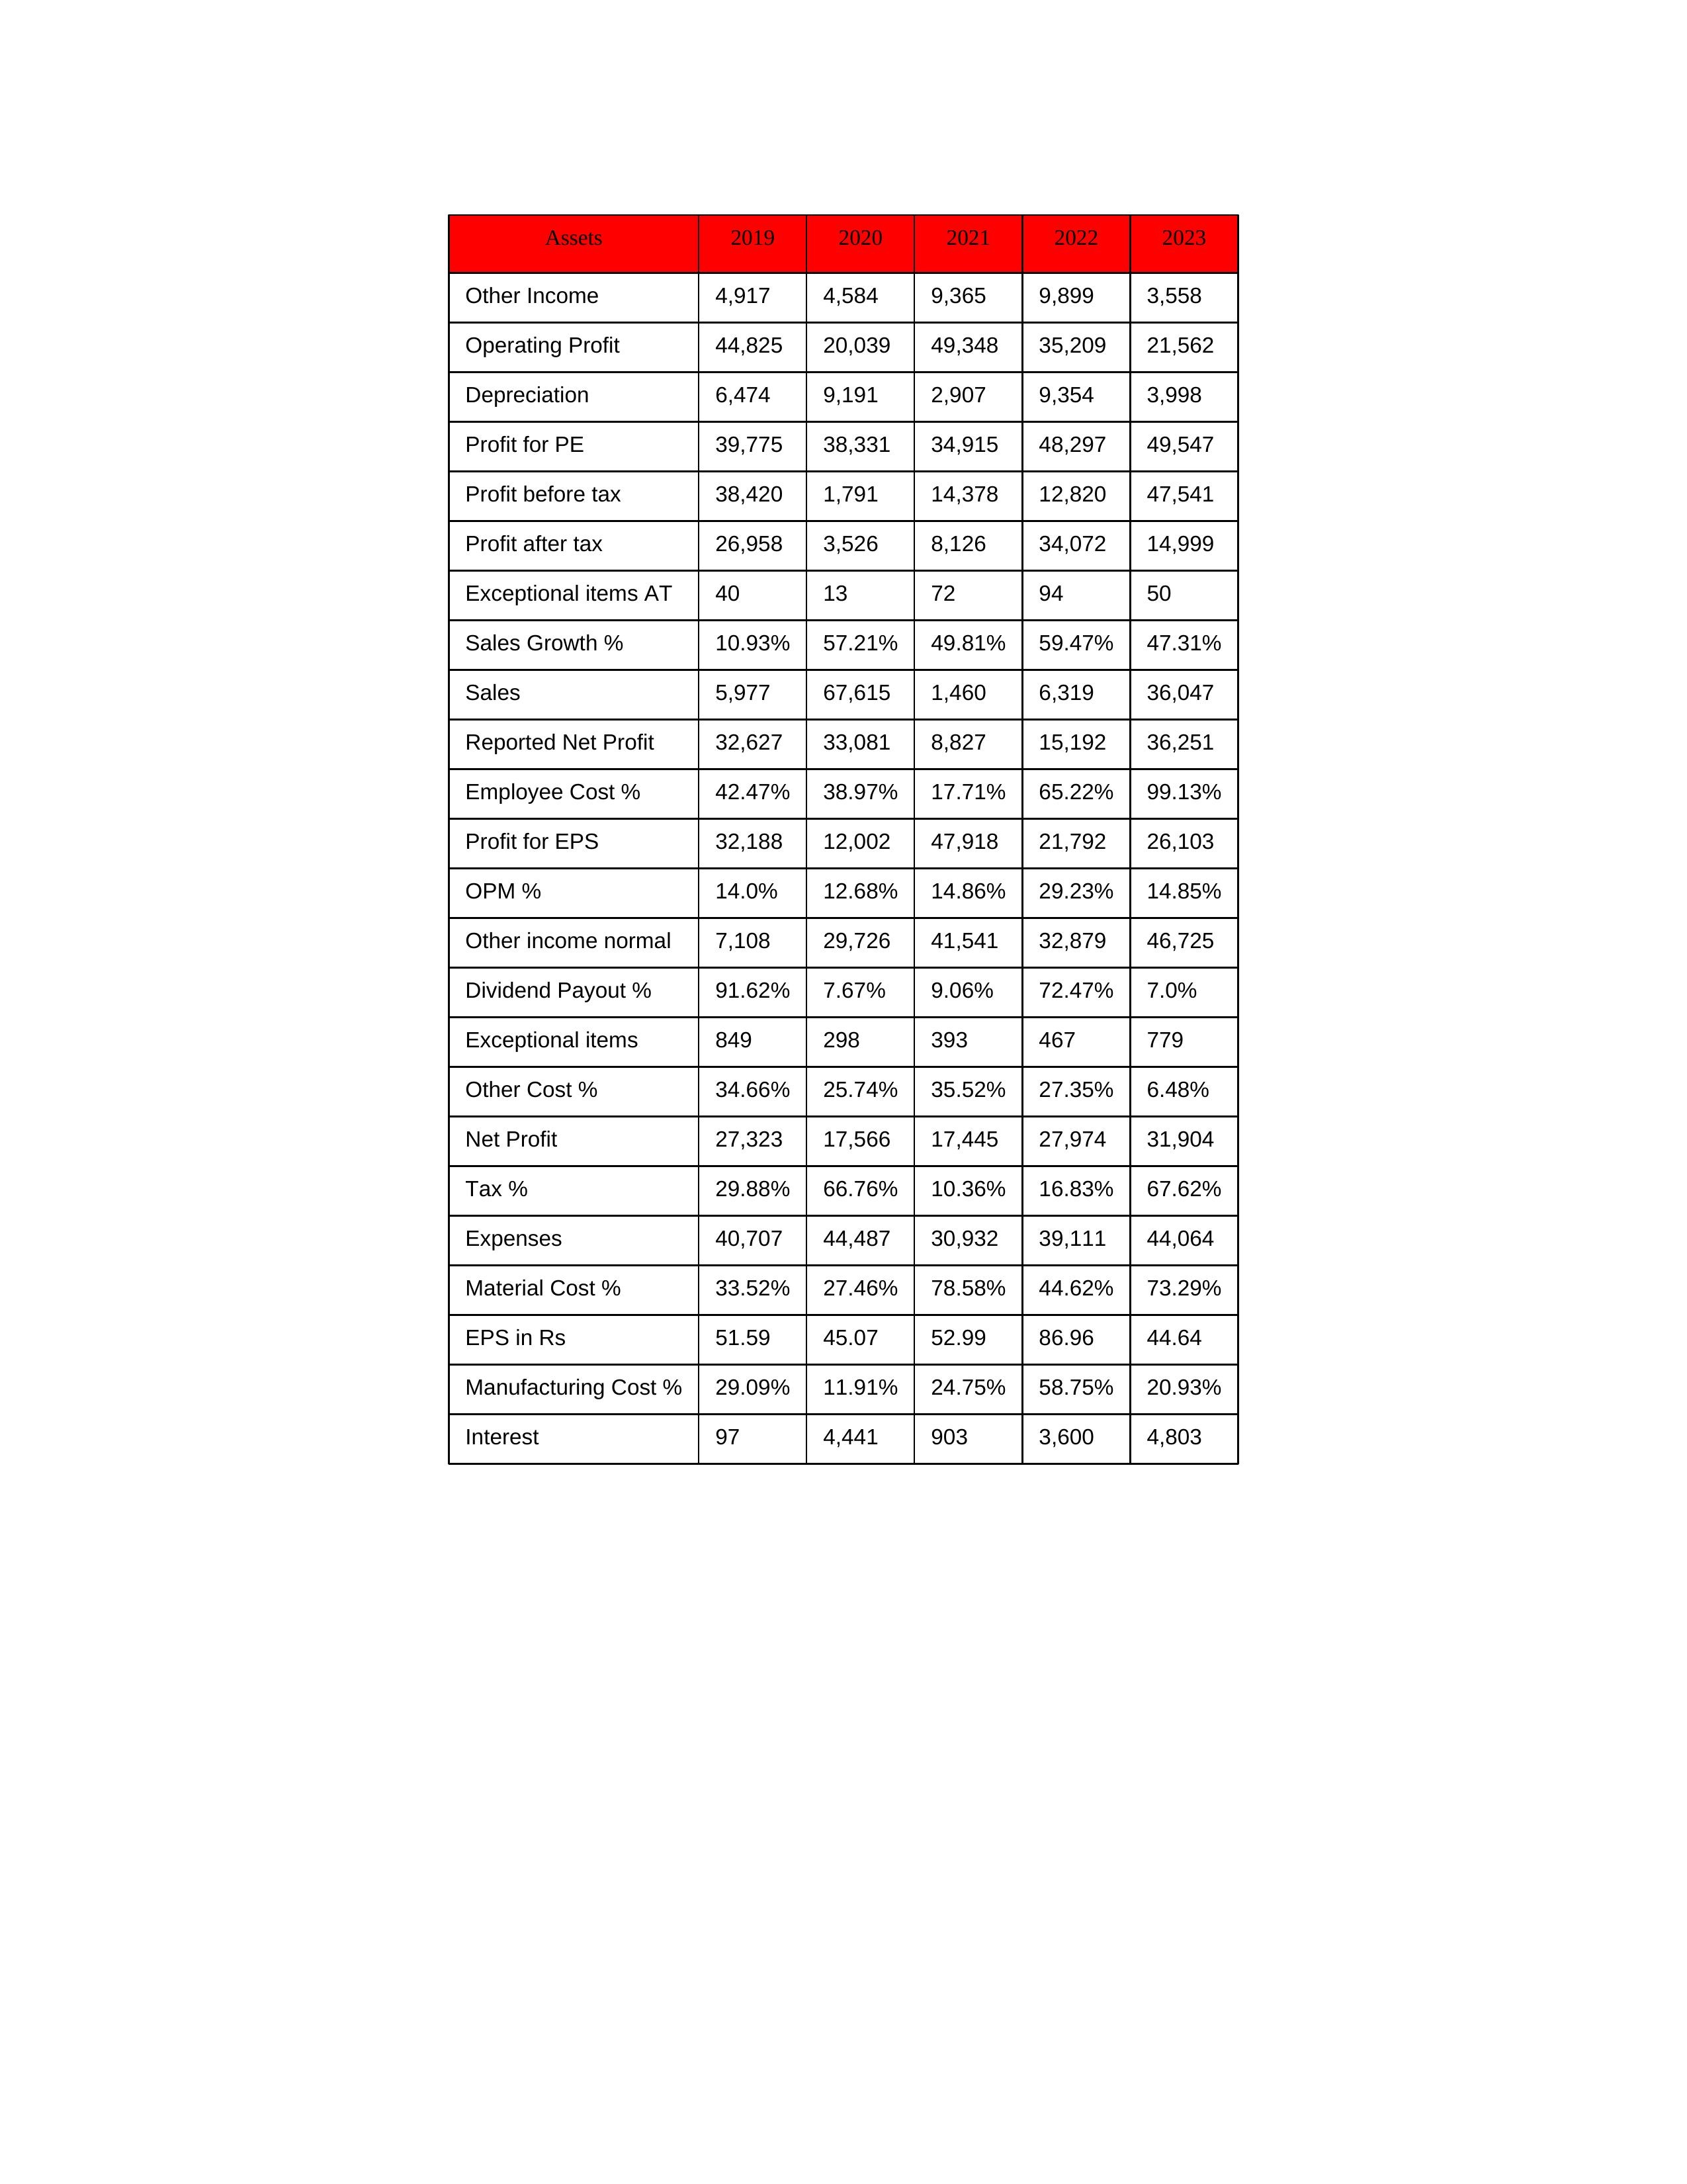
gt_parse: 2019: Sales: 5,977
Sales Growth %: 10.93%
Expenses: 40,707
Material Cost %: 33.52%
Manufacturing Cost %: 29.09%
Employee Cost %: 42.47%
Other Cost %: 34.66%
Operating Profit: 44,825
OPM %: 14.0%
Other Income: 4,917
Exceptional items: 849
Other income normal: 7,108
Interest: 97
Depreciation: 6,474
Profit before tax: 38,420
Tax %: 29.88%
Net Profit: 27,323
Profit after tax: 26,958
Reported Net Profit: 32,627
Profit for EPS: 32,188
Exceptional items AT: 40
Profit for PE: 39,775
EPS in Rs: 51.59
Dividend Payout %: 91.62%
2020: Sales: 67,615
Sales Growth %: 57.21%
Expenses: 44,487
Material Cost %: 27.46%
Manufacturing Cost %: 11.91%
Employee Cost %: 38.97%
Other Cost %: 25.74%
Operating Profit: 20,039
OPM %: 12.68%
Other Income: 4,584
Exceptional items: 298
Other income normal: 29,726
Interest: 4,441
Depreciation: 9,191
Profit before tax: 1,791
Tax %: 66.76%
Net Profit: 17,566
Profit after tax: 3,526
Reported Net Profit: 33,081
Profit for EPS: 12,002
Exceptional items AT: 13
Profit for PE: 38,331
EPS in Rs: 45.07
Dividend Payout %: 7.67%
2021: Sales: 1,460
Sales Growth %: 49.81%
Expenses: 30,932
Material Cost %: 78.58%
Manufacturing Cost %: 24.75%
Employee Cost %: 17.71%
Other Cost %: 35.52%
Operating Profit: 49,348
OPM %: 14.86%
Other Income: 9,365
Exceptional items: 393
Other income normal: 41,541
Interest: 903
Depreciation: 2,907
Profit before tax: 14,378
Tax %: 10.36%
Net Profit: 17,445
Profit after tax: 8,126
Reported Net Profit: 8,827
Profit for EPS: 47,918
Exceptional items AT: 72
Profit for PE: 34,915
EPS in Rs: 52.99
Dividend Payout %: 9.06%
2022: Sales: 6,319
Sales Growth %: 59.47%
Expenses: 39,111
Material Cost %: 44.62%
Manufacturing Cost %: 58.75%
Employee Cost %: 65.22%
Other Cost %: 27.35%
Operating Profit: 35,209
OPM %: 29.23%
Other Income: 9,899
Exceptional items: 467
Other income normal: 32,879
Interest: 3,600
Depreciation: 9,354
Profit before tax: 12,820
Tax %: 16.83%
Net Profit: 27,974
Profit after tax: 34,072
Reported Net Profit: 15,192
Profit for EPS: 21,792
Exceptional items AT: 94
Profit for PE: 48,297
EPS in Rs: 86.96
Dividend Payout %: 72.47%
2023: Sales: 36,047
Sales Growth %: 47.31%
Expenses: 44,064
Material Cost %: 73.29%
Manufacturing Cost %: 20.93%
Employee Cost %: 99.13%
Other Cost %: 6.48%
Operating Profit: 21,562
OPM %: 14.85%
Other Income: 3,558
Exceptional items: 779
Other income normal: 46,725
Interest: 4,803
Depreciation: 3,998
Profit before tax: 47,541
Tax %: 67.62%
Net Profit: 31,904
Profit after tax: 14,999
Reported Net Profit: 36,251
Profit for EPS: 26,103
Exceptional items AT: 50
Profit for PE: 49,547
EPS in Rs: 44.64
Dividend Payout %: 7.0%